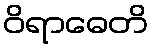
ဝိရာဓေတိ